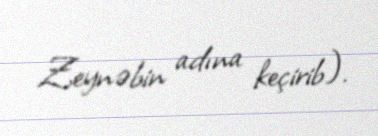
Zeynəbin adına keçirib).